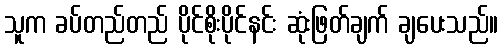
သူက ခပ်တည်တည် ပိုင်စိုးပိုင်နင်း ဆုံးဖြတ်ချက် ချပေးသည်။